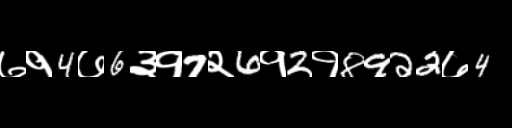
Text: ७१4७6३१7२6१2१8922७4